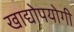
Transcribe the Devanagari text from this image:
खाद्योपयोगी